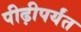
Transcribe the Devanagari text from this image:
पीढ़ीपर्यंत